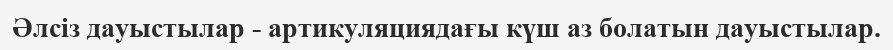
Әлсіз дауыстылар - артикуляциядағы күш аз болатын дауыстылар.